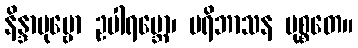
နိန္ဒာပုဗ္ဗော ဥပါရမ္ဘော၊ ပရိဘာသန မုစ္စတေ။